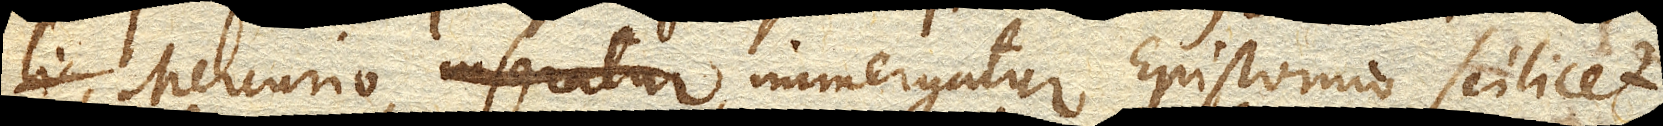
Mercurio inseratur immergatur Epistomio scilicet